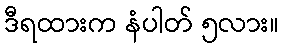
ဒီရထားက နံပါတ် ၅လား။